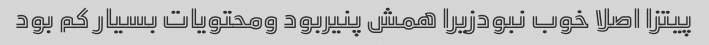
پیتزا اصلا خوب نبودزیرا همش پنیربود ومحتویات بسیار کم بود